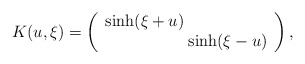
\begin{align*}K(u,\xi) = \left( \begin{array}{c} \sinh(\xi+u) \hspace{60pt} \\ \hspace{60pt} \sinh(\xi - u) \end{array} \right),\end{align*}